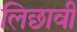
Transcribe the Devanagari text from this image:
लिछावी